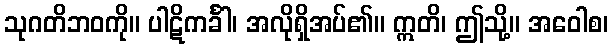
သုဂတိဘဝကို။ ပါဋိကင်္ခါ၊ အလိုရှိအပ်၏။ ဣတိ၊ ဤသို့။ အဝေါစ၊